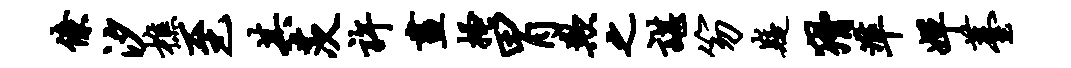
僚汐樵至其茨许画搔胃欺之谌笏嶷猾准婵薹